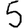
Digit: 5